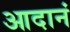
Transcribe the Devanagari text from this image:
आदानं